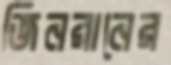
জিনরানের